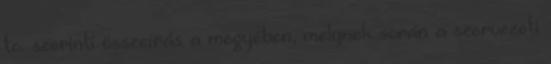
tc. szerinti összeírás a megyében, melynek során a szervezeti